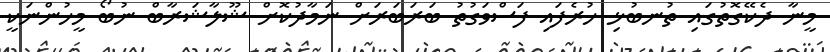
މީނާ ދެކޭގޮތުގައި ތުނބުޅި ހުރެފައި ފަސްވަގުތު ބަރަބަރަށް ނަމާދުކޮށް ޝޫލާޝަރާބް ނުބޯ މީހުންނަކީ